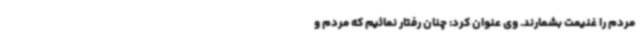
مردم را غنیمت بشمارند. وی عنوان کرد: چنان رفتار نمائیم که مردم و